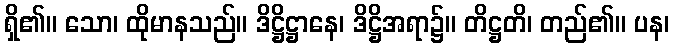
ရှိ၏။ သော၊ ထိုမာနသည်။ ဒိဋ္ဌိဋ္ဌာနေ၊ ဒိဋ္ဌိအရာ၌။ တိဋ္ဌတိ၊ တည်၏။ ပန၊